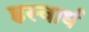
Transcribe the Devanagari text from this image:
ह्रस्वार्ध